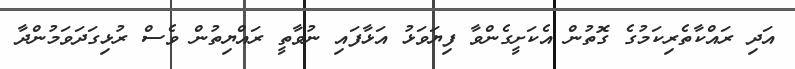
އަދި ރައްކާތެރިކަމުގެ ގޮތުން އެކަށީގެންވާ ފިޔަވަޅު އަޅާފައި ނުވާތީ ރައްޔިތުން ވެސް ރުޅިގަދަވަމުންދާ